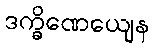
ဒက္ခိဏေယျေန